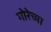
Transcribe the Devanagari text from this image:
गोरेच्या